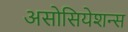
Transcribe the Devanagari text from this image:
असोसियेशन्स